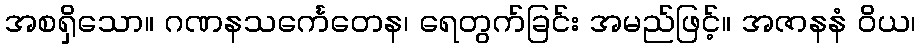
အစရှိသော။ ဂဏနသင်္ကေတေန၊ ရေတွက်ခြင်း အမည်ဖြင့်။ အဇာနနံ ဝိယ၊